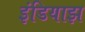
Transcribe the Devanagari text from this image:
इंडियाझ